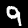
Label: 9